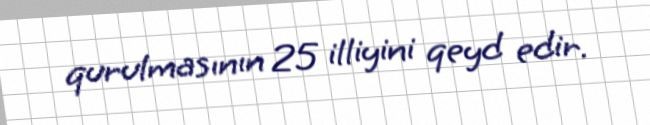
qurulmasının 25 illiyini qeyd edir.